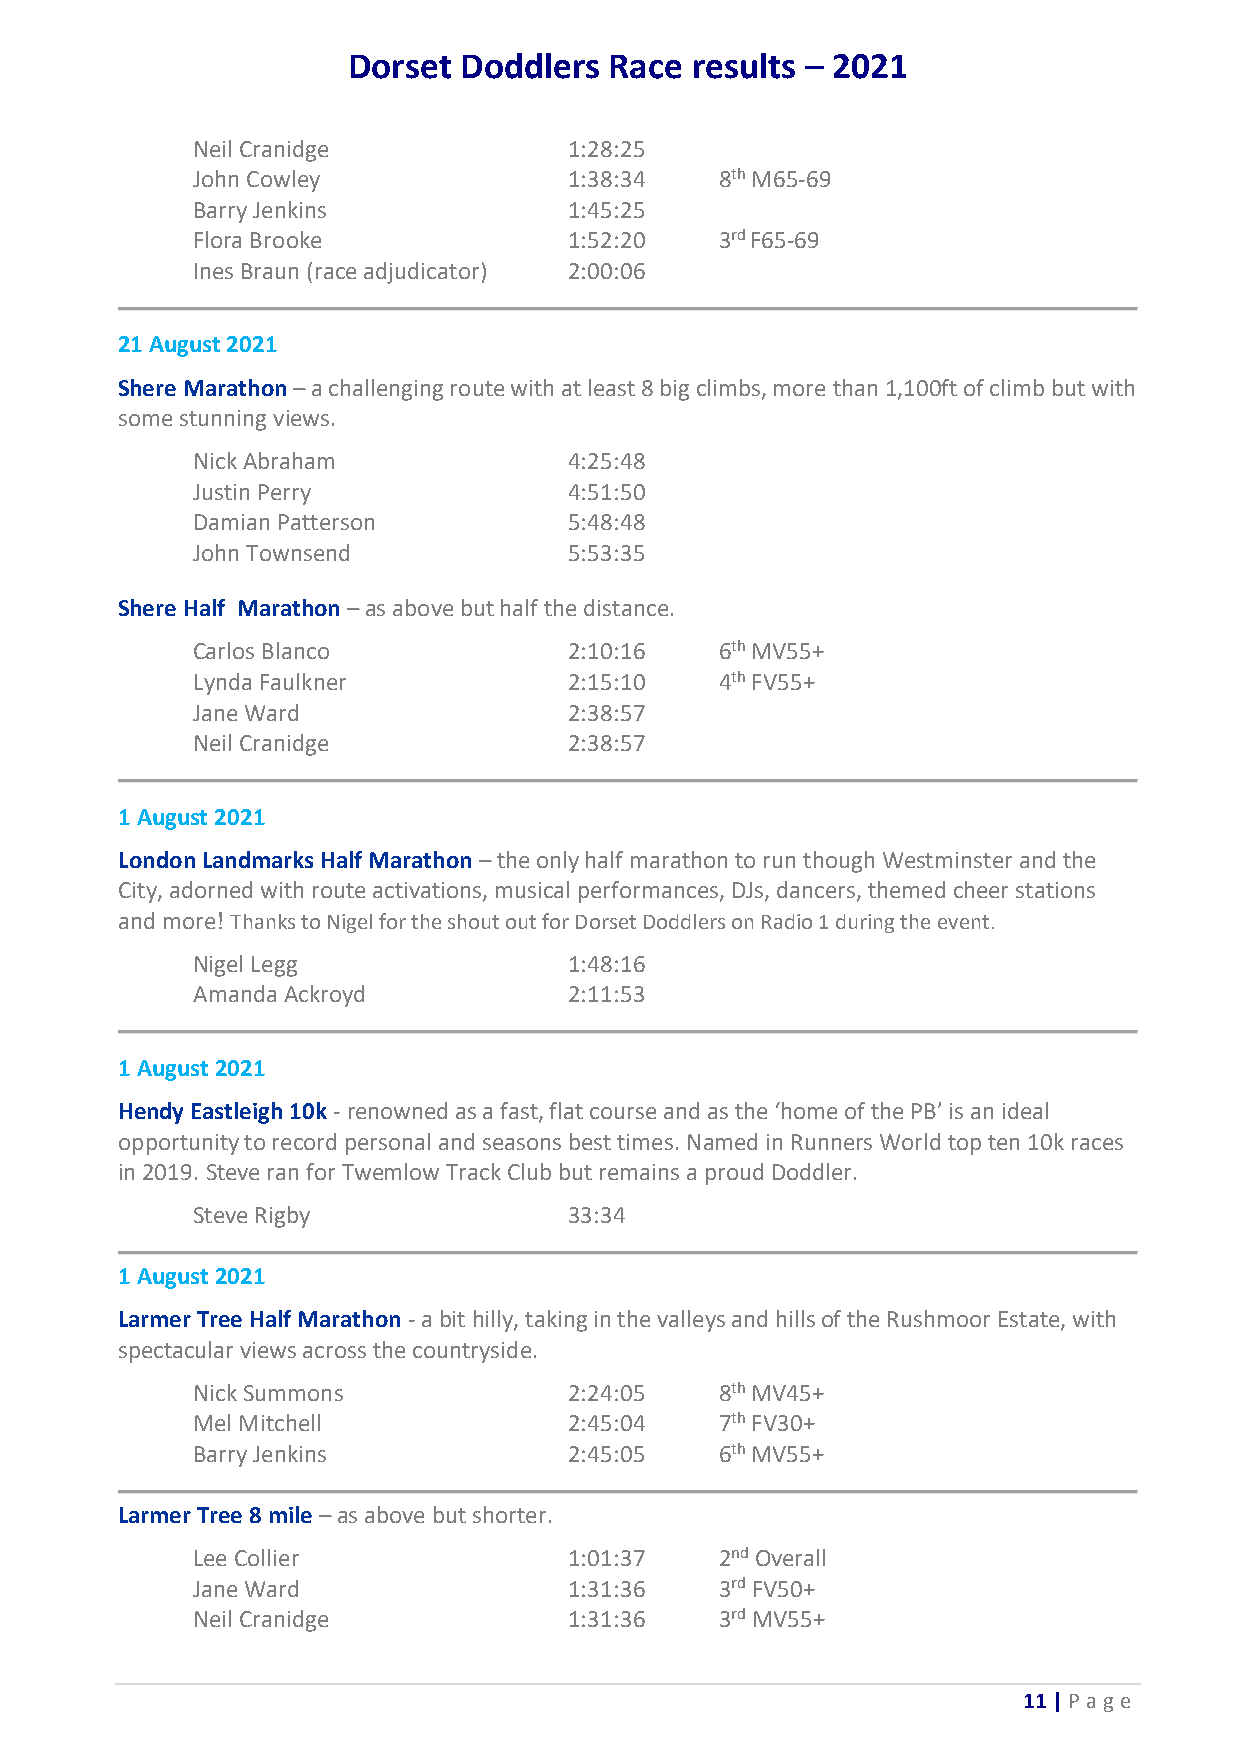
Dorset Doddlers  Race  results – 2021
 Neil Cranidge            1:28:25
 John Cowley              1:38:34   8th M65-69
 Barry Jenkins            1:45:25
 Flora Brooke             1:52:20   3rd F65-69
 Ines Braun (race adjudicator) 2:00:06
 21 August 2021
 Shere Marathon – a challenging route with at least 8 big climbs, more than 1,100ft of climb but with
 some stunning views.
 Nick Abraham             4:25:48
 Justin Perry             4:51:50
 Damian Patterson         5:48:48
 John Townsend            5:53:35
 Shere Half Marathon – as above but half the distance.
 Carlos Blanco            2:10:16   6th MV55+
 Lynda Faulkner           2:15:10   4th FV55+
 Jane Ward                2:38:57
 Neil Cranidge            2:38:57
 1 August 2021
 London Landmarks Half Marathon – the only half marathon to run though Westminster and the
 City, adorned with route activations, musical performances, DJs, dancers, themed cheer stations
 and more! Thanks to Nigel for the shout out for Dorset Doddlers on Radio 1 during the event.
 Nigel Legg               1:48:16
 Amanda Ackroyd           2:11:53
 1 August 2021
 Hendy Eastleigh 10k - renowned as a fast, flat course and as the ‘home of the PB’ is an ideal
 opportunity to record personal and seasons best times. Named in Runners World top ten 10k races
 in 2019. Steve ran for Twemlow Track Club but remains a proud Doddler.
 Steve Rigby              33:34
 1 August 2021
 Larmer Tree Half Marathon - a bit hilly, taking in the valleys and hills of the Rushmoor Estate, with
 spectacular views across the countryside.
 Nick Summons             2:24:05   8th MV45+
 Mel Mitchell             2:45:04   7th FV30+
 Barry Jenkins            2:45:05   6th MV55+
 Larmer Tree 8 mile – as above but shorter.
 Lee Collier              1:01:37   2nd Overall
 Jane Ward                1:31:36   3rd FV50+
 Neil Cranidge            1:31:36   3rd MV55+
 11 | P age